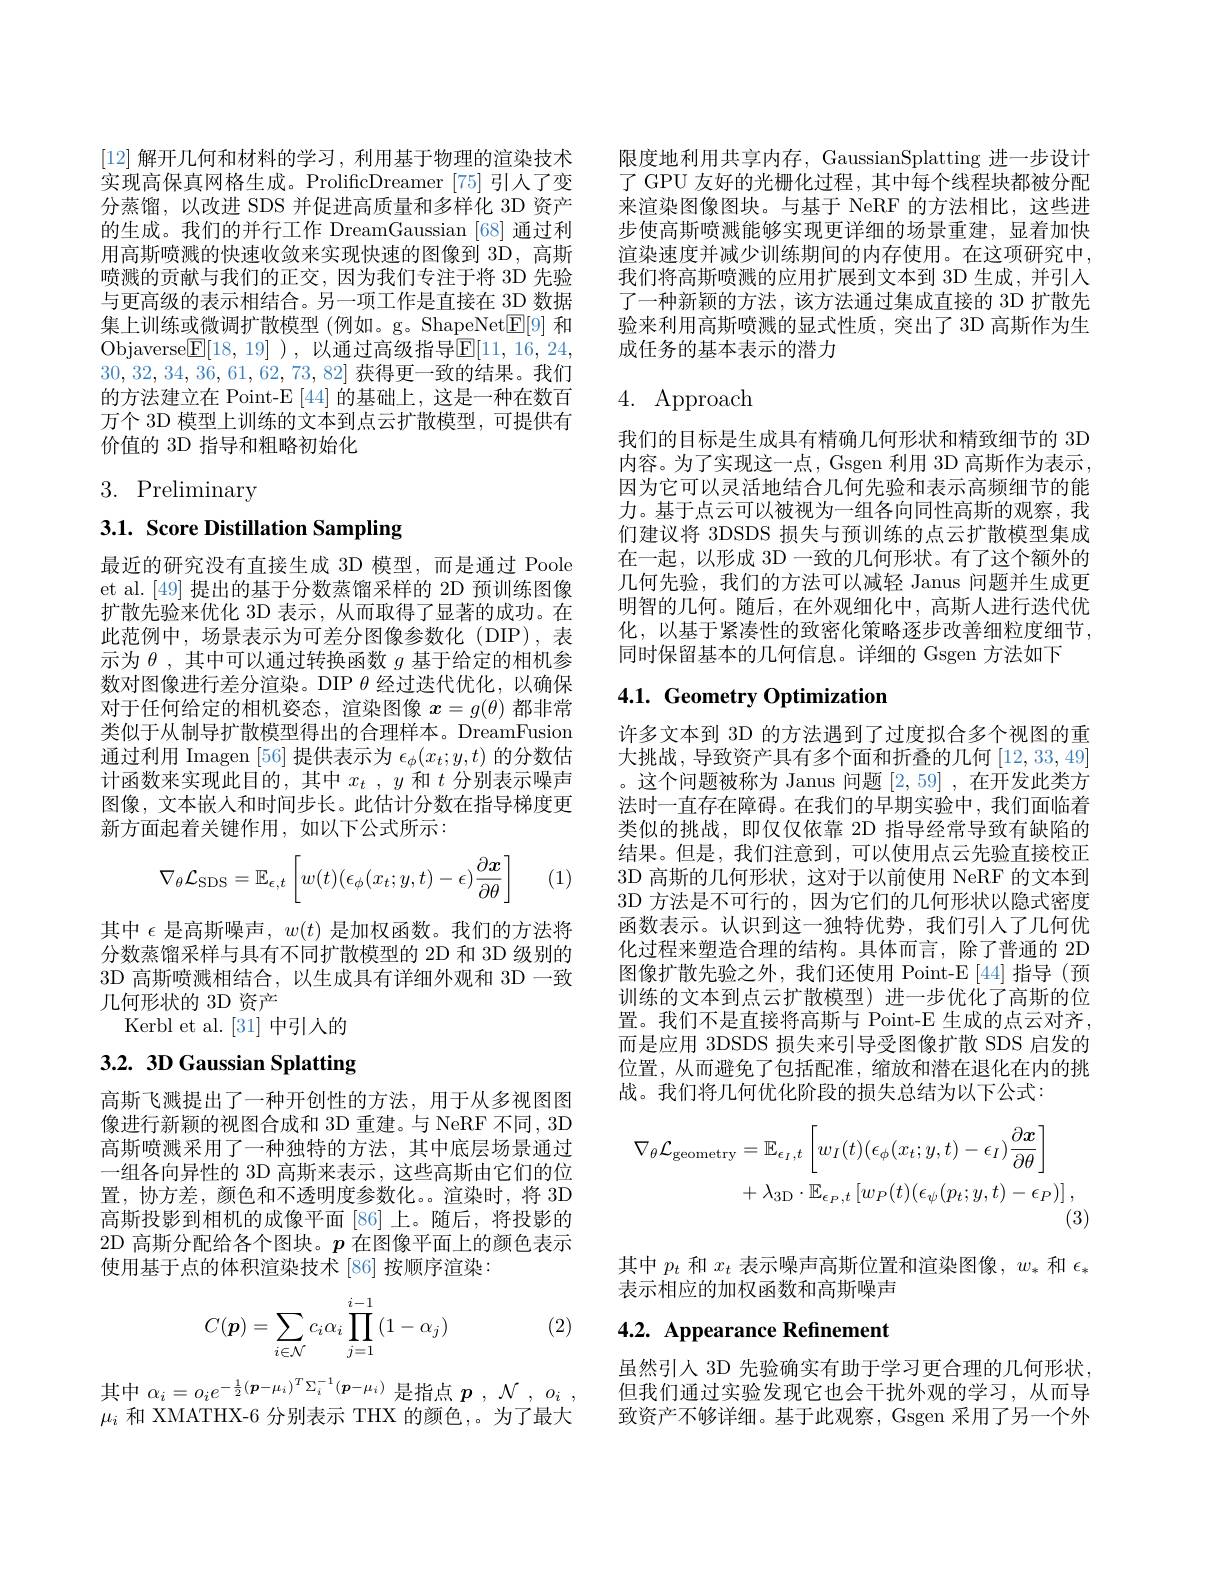
[12] 解开几何和材料的学习，利用基于物理的渲染技术实现高保真网格生成。ProlificDreamer [75] 引人了变分蒸馏，以改进 SDS 并促进高质量和多样化 3D 资产的生成。我们的并行工作 DreamGaussian [68] 通过利用高斯喷溅的快速收敛来实现快速的图像到 3D, 高斯喷溅的贡献与我们的正交，因为我们专注于将 3D 先验与更高级的表示相结合。另一项工作是直接在 3D 数据集上训练或微调扩散模型 (例如。g。ShapeNet$\underline{\mathrm{E}}[9]$和Objaverse$\underline {{\mathsf{E} }}[ 18, 19]$ ) , 以 通 过 高 级 指 导 $\underline {{\mathsf{E} }}[ 11$, 16, 24, 30,32,34,36,61,62,73,82]获得更一致的结果。我们的方法建立在 Point-$\mathbb{E}\left[44\right]$的基础上，这是一种在数百万个 3D 模型上训练的文本到点云扩散模型，可提供有价值的 3D 指导和粗略初始化

3. Preliminary

3.1. Score Distillation Sampling

最近的研究没有直接生成 3D 模型，而是通过 Poole et al.[49] 提出的基于分数蒸馏采样的 2D 预训练图像扩散先验来优化 3D 表示，从而取得了显著的成功。在此范例中，场景表示为可差分图像参数化(DIP),表示为$\theta$,其中可以通过转换函数$g$基于给定的相机参数对图像进行差分渲染。DIP $\theta$经过迭代优化，以确保对于任何给定的相机姿态，渲染图像$x=g(\theta)$都非常类似于从制导扩散模型得出的合理样本。DreamFusion 通过利用 Imagen [56] 提供表示为$\epsilon_\phi(x_t;y,t)$的分数估计函数来实现此目的，其中$x_t,y$和$t$分别表示噪声图像，文本嵌人和时间步长。此估计分数在指导梯度更新方面起着关键作用，如以下公式所示：
$$\nabla_\theta\mathcal{L}_{\mathrm{SDS}}=\mathbb{E}_{\epsilon,t}\left[w(t)(\epsilon_\phi(x_t;y,t)-\epsilon)\frac{\partial\boldsymbol{x}}{\partial\theta}\right]$$
(1)

其中$\epsilon$是高斯噪声，$w(t)$是加权函数。我们的方法将分数蒸馏采样与具有不同扩散模型的 2D 和 3D 级别的3D 高斯喷溅相结合，以生成具有详细外观和 3D 一致几何形状的 3D 资产
Kerbl et al. [31]中引人的

# 3.2. 3D Gaussian Splatting

高斯飞溅提出了一种开创性的方法，用于从多视图图像进行新颖的视图合成和 3D 重建。与 NeRF 不同，3D 高斯喷溅采用了一种独特的方法，其中底层场景通过一组各向异性的 3D 高斯来表示 , 这些高斯由它们的位置，协方差，颜色和不透明度参数化。。渲染时，将 3D 高斯投影到相机的成像平面[86]上。随后，将投影的2D 高斯分配给各个图块。$p$在图像平面上的颜色表示使用基于点的体积渲染技术 [86] 按顺序渲染：

(2)
$$C(\boldsymbol{p})=\sum\limits_{i\in\mathcal{N}}c_i\alpha_i\prod\limits_{j=1}^{i-1}\left(1-\alpha_j\right)$$
其中$\alpha_i=o_ie^{-\frac12(\boldsymbol{p}-\mu_i)^T\Sigma_i^{-1}(\boldsymbol{p}-\mu_i)}$是指点$\boldsymbol{p}$ $, \mathcal{N}$ , $o_i$ , $\mu_i$和 XMATHX-6 分别表示 THX 的颜色，。为了最大

限度地利用共享内存，GaussianSplatting 进一步设计了 GPU 友好的光栅化过程，其中每个线程块都被分配来渲染图像图块。与基于 NeRF 的方法相比，这些进步使高斯喷溅能够实现更详细的场景重建，显着加快渲染速度并减少训练期间的内存使用。在这项研究中， 我们将高斯喷溅的应用扩展到文本到 3D 生成，并引入了一种新颖的方法，该方法通过集成直接的 3D 扩散先验来利用高斯喷溅的显式性质，突出了 3D 高斯作为生成任务的基本表示的潜力

# 4. Approach

我们的目标是生成具有精确几何形状和精致细节的 3D 内容。为了实现这一点，Gsgen 利用 3D 高斯作为表示， 因为它可以灵活地结合几何先验和表示高频细节的能力。基于点云可以被视为一组各向同性高斯的观察，我们建议将 3DSDS 损失与预训练的点云扩散模型集成在一起，以形成 3D 一致的几何形状。有了这个额外的几何先验，我们的方法可以减轻 Janus 问题并生成更明智的几何。随后，在外观细化中，高斯人进行迭代优化，以基于紧凑性的致密化策略逐步改善细粒度细节， 同时保留基本的几何信息。详细的 Gsgen 方法如下

## 4.1. Geometry Optimization

许多文本到 3D 的方法遇到了过度拟合多个视图的重大挑战，导致资产具有多个面和折叠的几何$\left[12,33,49\right]$ 。这个问题被称为 Janus 问题[2,59] ,在开发此类方法时一直存在障碍。在我们的早期实验中，我们面临着类似的挑战，即仅仅依靠 2D 指导经常导致有缺陷的结果。但是，我们注意到，可以使用点云先验直接校正3D 高斯的几何形状，这对于以前使用 NeRF 的文本到3D 方法是不可行的，因为它们的几何形状以隐式密度函数表示。认识到这一独特优势，我们引人了几何优化过程来塑造合理的结构。具体而言，除了普通的 2D 图像扩散先验之外，我们还使用 Point-E[44]指导(预训练的文本到点云扩散模型)进一步优化了高斯的位置。我们不是直接将高斯与 Point-E 生成的点云对齐， 而是应用 3DSDS 损失来引导受图像扩散 SDS 启发的位置，从而避免了包括配准，缩放和潜在退化在内的挑战。我们将几何优化阶段的损失总结为以下公式：
$$\begin{aligned}\nabla_{\theta}\mathcal{L}_{\mathrm{geometry}}&=\mathbb{E}_{\epsilon_{I},t}\left[w_{I}(t)(\epsilon_{\phi}(x_{t};y,t)-\epsilon_{I})\frac{\partial\boldsymbol{x}}{\partial\theta}\right]\\&+\lambda_{\mathrm{3D}}\cdot\mathbb{E}_{\epsilon_{P},t}\left[w_{P}(t)(\epsilon_{\psi}(p_{t};y,t)-\epsilon_{P})\right],\end{aligned}$$
其中$p_t$和$x_t$表示噪声高斯位置和渲染图像，$w_*$和$\epsilon_*$
表示相应的加权函数和高斯噪声

# 4.2. Appearance Refinement

虽然引人 3D 先验确实有助于学习更合理的几何形状但我们通过实验发现它也会干扰外观的学习，从而导致资产不够详细。基于此观察，Gsgen 采用了另一个外